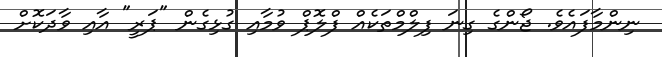
ނިންމާފައެވެ. ޖޯންގެ ގިނަ ފިލްމްތަކެއް ފްލޮޕް ވުމާއި ގުޅިގެން "ޕަރީ" އާއި ވާދަކޮށް